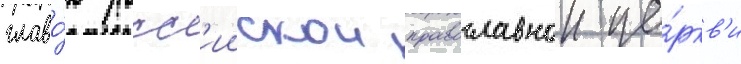
главо́ю росс'иискои православнои це́ркв'и